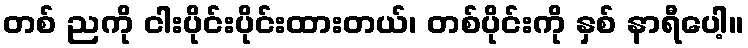
တစ် ညကို ငါးပိုင်းပိုင်းထားတယ်၊ တစ်ပိုင်းကို နှစ် နာရီပေါ့။